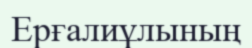
Ерғалиұлының